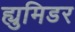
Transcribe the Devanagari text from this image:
ह्युमिडर